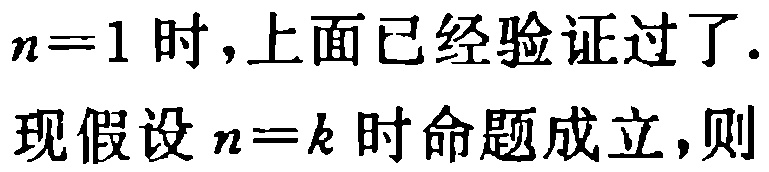
$n = 1$时,上面已经验证过了.

现假设$n = k$时命题成立,则